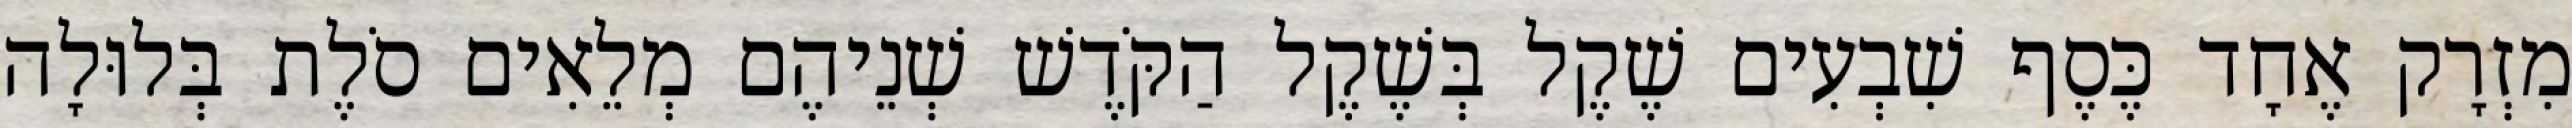
מִזְרָק אֶחָד כֶּסֶף שִׁבְעִים שֶׁקֶל בְּשֶׁקֶל הַקֹּדֶשׁ שְׁנֵיהֶם מְלֵאִים סֹלֶת בְּלוּלָה